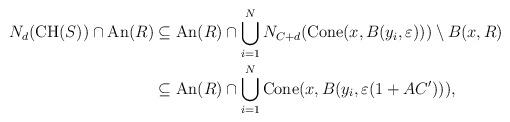
LaTeX: \begin{align*} N_d(\mathrm{CH}(S))\cap\mathrm{An}(R)&\subseteq \mathrm{An}(R)\cap\bigcup_{i=1}^N N_{C+d}(\mathrm{Cone}(x, B(y_i, \varepsilon)))\setminus B(x, R)\\ &\subseteq \mathrm{An}(R)\cap\bigcup_{i=1}^N \mathrm{Cone}(x, B(y_i, \varepsilon(1+AC'))), \end{align*}